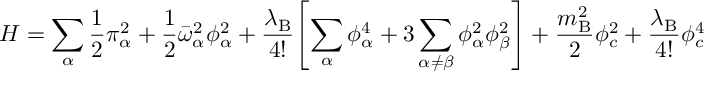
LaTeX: H = \sum _ { \alpha } \frac { 1 } { 2 } \pi _ { \alpha } ^ { 2 } + \frac { 1 } { 2 } \bar { \omega } _ { \alpha } ^ { 2 } \phi _ { \alpha } ^ { 2 } + \frac { \lambda _ { \mathrm { B } } } { 4 ! } \Biggl [ \sum _ { \alpha } \phi _ { \alpha } ^ { 4 } + 3 \sum _ { \alpha \neq \beta } \phi _ { \alpha } ^ { 2 } \phi _ { \beta } ^ { 2 } \Biggr ] + \frac { m _ { \mathrm { B } } ^ { 2 } } { 2 } \phi _ { c } ^ { 2 } + \frac { \lambda _ { \mathrm { B } } } { 4 ! } \phi _ { c } ^ { 4 }